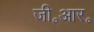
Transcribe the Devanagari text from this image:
जी॰आर॰